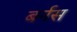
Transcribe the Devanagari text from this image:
बर्नस